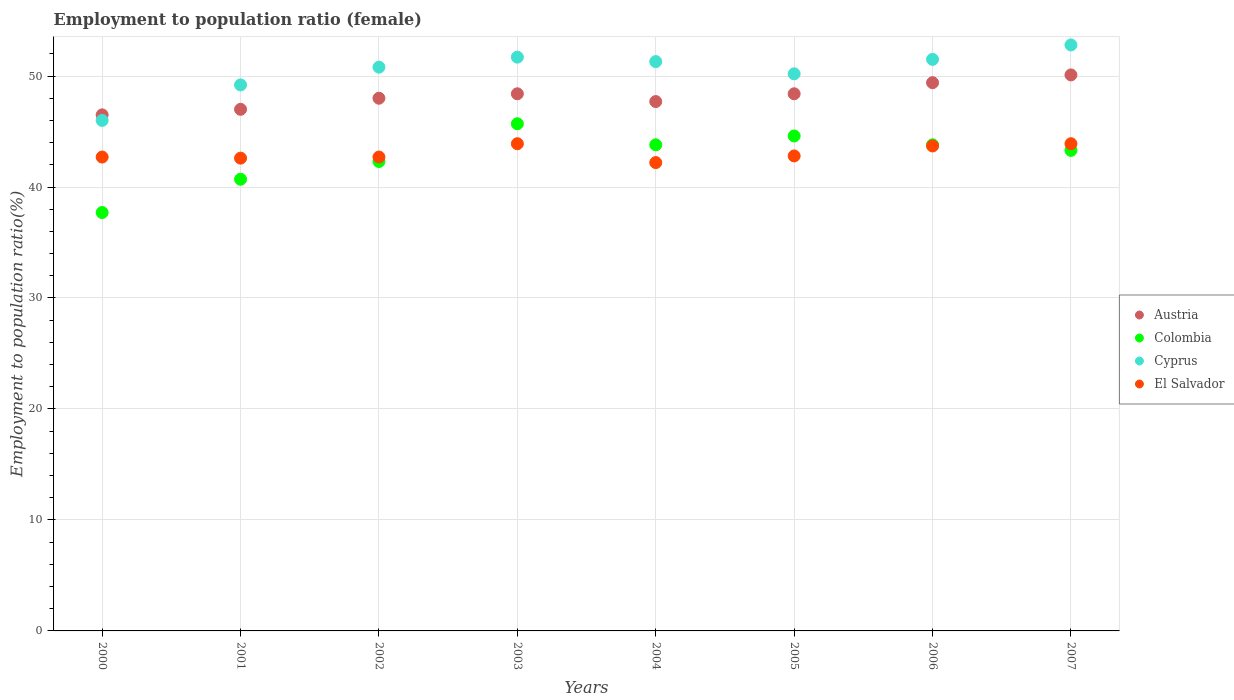
| Years | Austria | Colombia | Cyprus | El Salvador |
 | --- | --- | --- | --- | --- |
 | 2000 | 46.5 | 37.7 | 46 | 42.7 |
 | 2001 | 47 | 40.7 | 49.2 | 42.6 |
 | 2002 | 48 | 42.3 | 50.8 | 42.7 |
 | 2003 | 48.4 | 45.7 | 51.7 | 43.9 |
 | 2004 | 47.7 | 43.8 | 51.3 | 42.2 |
 | 2005 | 48.4 | 44.6 | 50.2 | 42.8 |
 | 2006 | 49.4 | 43.8 | 51.5 | 43.7 |
 | 2007 | 50.1 | 43.3 | 52.8 | 43.9 |